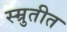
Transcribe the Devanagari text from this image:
स्म्रुतीत